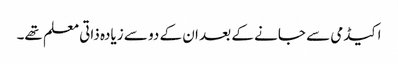
اکیڈمی سے جانے کے بعد ان کے دو سے زیادہ ذاتی معلم تھے۔